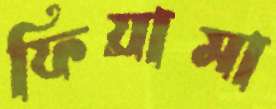
ফিয়ামা